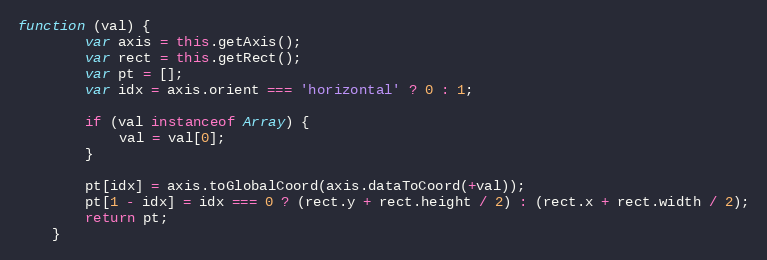
Language: JavaScript
function (val) {
        var axis = this.getAxis();
        var rect = this.getRect();
        var pt = [];
        var idx = axis.orient === 'horizontal' ? 0 : 1;

        if (val instanceof Array) {
            val = val[0];
        }

        pt[idx] = axis.toGlobalCoord(axis.dataToCoord(+val));
        pt[1 - idx] = idx === 0 ? (rect.y + rect.height / 2) : (rect.x + rect.width / 2);
        return pt;
    }